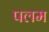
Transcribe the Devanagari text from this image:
पलम